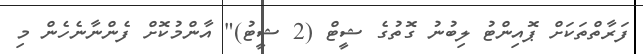
ފަރާތްތަކަށް ޕޮއިންޓު ލިބުނު ގޮތުގެ ޝީޓް (2 ޝީޓު)" އާންމުކޮށް ފެންނާނެހެން މި